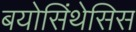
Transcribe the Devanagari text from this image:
बयोसिंथेसिस